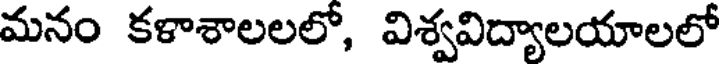
మనం కళాశాలలలో, విశ్వవిద్యాలయాలలో